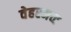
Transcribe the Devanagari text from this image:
वेहरमच्ट